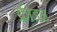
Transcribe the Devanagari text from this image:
क्रीडन